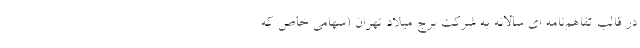
در قالب تفاهم‌نامه اي سالانه به شركت برج ميلاد تهران (سهامي خاص كه